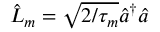
\hat { L } _ { m } = \sqrt { 2 / \tau _ { m } } \hat { a } ^ { \dagger } \hat { a }